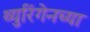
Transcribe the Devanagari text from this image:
थ्युरिंगेनच्या